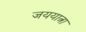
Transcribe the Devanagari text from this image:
जययात्रा